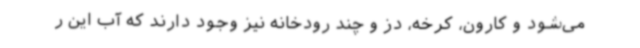
می‌شود و کارون، کرخه، دز و چند رودخانه نیز وجود دارند که آب این ر